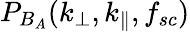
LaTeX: P_{B_{A}}(k_{\perp},k_{\parallel},f_{sc})